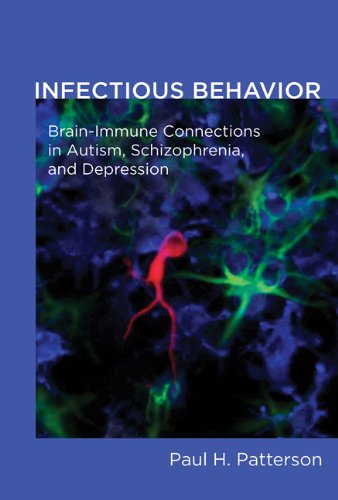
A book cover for Infectious Behavior: Brain-Immune Connections in Autism, Schizophrenia, and Depression; Paul H. Patterson; Health, Fitness & Dieting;